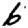
Digit: 6